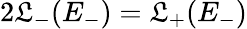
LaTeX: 2\mathfrak{L}_{-}(E_{-})=\mathfrak{L}_{+}(E_{-})